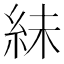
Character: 𫃟